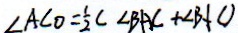
\angle A C O = \frac { 1 } { 2 } C \angle B A C + \angle B C O